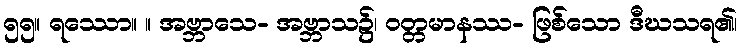
၅၅။ ရဿော။ ။ အဗ္ဘာသေ- အဗ္ဘာသ၌၊ ဝတ္တမာနဿ- ဖြစ်သော ဒီဃသရ၏၊